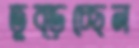
তুব্‌ড়চ্ছেন